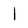
Character: 1